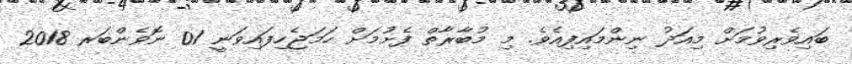
ބައިވެރިވުމަށް މިއަދު ނިންމައިފިއެވެ. މި މުބާރާތް ފެށުމަށް ހަމަޖެހިފައިވަނީ 01 ނޮވެންބަރ 2018